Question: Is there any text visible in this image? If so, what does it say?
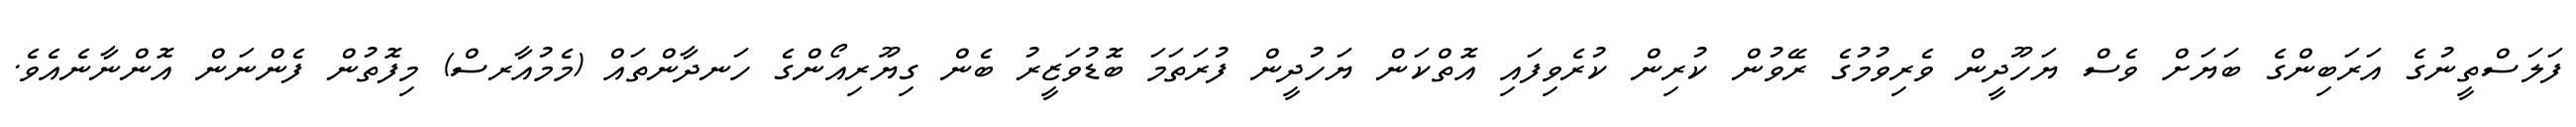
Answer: ފަލަސްތީނުގެ އަރަބިންގެ ބަޔަށް ވެސް ޔަހޫދީން ވެރިވުމުގެ ރޭވުން ކުރިން ކުރެވިފައި އޮތްކަން ޔަހުދީން ފުރަތަމަ ބޮޑުވަޒީރު ބެން ގިޔޫރިއޯންގެ ހަނދާންތައް (މެމުއާރސް) މިފޮތުން ފެންނަން އޮންނާނެއެވެ.